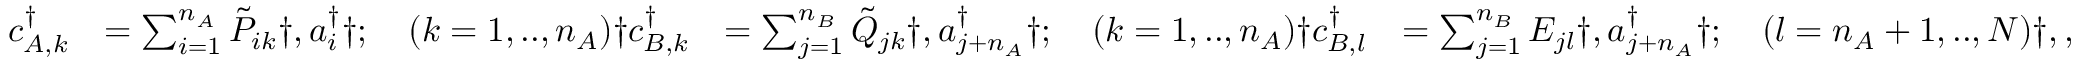
\begin{array} { r l r l } { c _ { A , k } ^ { \dagger } } & { = \sum _ { i = 1 } ^ { n _ { A } } \tilde { P } _ { i k } \dag , a _ { i } ^ { \dagger } \dag ; \quad ( k = 1 , . . , n _ { A } ) \dag c _ { B , k } ^ { \dagger } } & { = \sum _ { j = 1 } ^ { n _ { B } } \tilde { Q } _ { j k } \dag , a _ { j + n _ { A } } ^ { \dagger } \dag ; \quad ( k = 1 , . . , n _ { A } ) \dag c _ { B , l } ^ { \dagger } } & { = \sum _ { j = 1 } ^ { n _ { B } } E _ { j l } \dag , a _ { j + n _ { A } } ^ { \dagger } \dag ; \quad ( l = n _ { A } + 1 , . . , N ) \dag , , } \end{array}